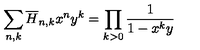
\sum _ { n , k } \overline { { H } } _ { n , k } x ^ { n } y ^ { k } = \prod _ { k > 0 } { \frac { 1 } { 1 - x ^ { k } y } }